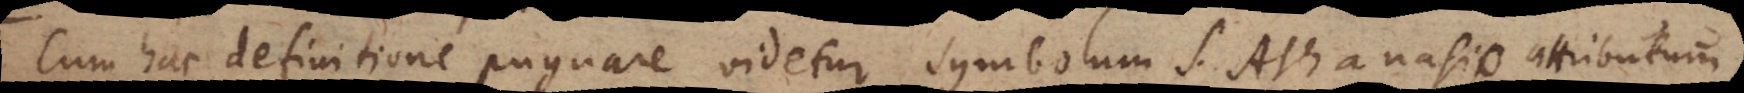
Cum hac definitione pugnare videtur Symbolum S. Athanasii Athanasio attributum,